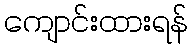
ကျောင်းထားရန်